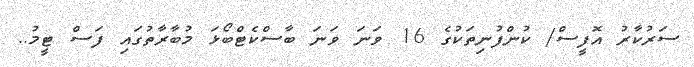
ސަރުކާރު އޮފީސް/ ކުންފުނިތަކުގެ 16 ވަނަ ވަނަ ބާސްކެޓްބޯޅަ މުބާރާތުގައި ފަސް ޓީމު..